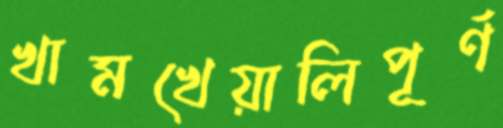
খামখেয়ালিপূর্ণ